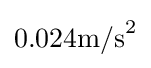
0.024\mathrm {m/s} ^{2}